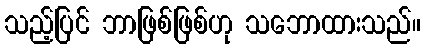
သည့်ပြင် ဘာဖြစ်ဖြစ်ဟု သဘောထားသည်။